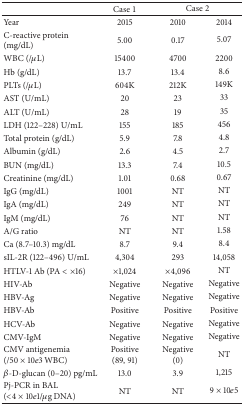
|  | Case 1 | <COLSPAN=2> Case 2 |
 | --- | --- | --- | --- |
 | Year | 2015 | 2010 | 2014 |
 | C-reactive protein (mg/dL) | 5.00 | 0.17 | 5.07 |
 | WBC (/μL) | 15400 | 4700 | 2200 |
 | Hb (g/dL) | 13.7 | 13.4 | 8.6 |
 | PLTs (/μL) | 604K | 212K | 149K |
 | AST (U/mL) | 20 | 23 | 33 |
 | ALT (U/mL) | 28 | 19 | 35 |
 | LDH (122–228) U/mL | 155 | 185 | 456 |
 | Total protein (g/dL) | 5.9 | 7.8 | 4.8 |
 | Albumin (g/dL) | 2.6 | 4.5 | 2.7 |
 | BUN (mg/dL) | 13.3 | 7.4 | 10.5 |
 | Creatinine (mg/dL) | 1.01 | 0.68 | 0.67 |
 | IgG (mg/dL) | 1001 | NT | NT |
 | IgA (mg/dL) | 249 | NT | NT |
 | IgM (mg/dL) | 76 | NT | NT |
 | A/G ratio | NT | NT | 1.58 |
 | Ca (8.7–10.3) mg/dL | 8.7 | 9.4 | 8.4 |
 | sIL-2R (122–496) U/mL | 4,304 | 293 | 14,058 |
 | HTLV-1 Ab (PA < ×16) | ×1,024 | ×4,096 | NT |
 | HIV-Ab | Negative | Negative | Negative |
 | HBV-Ag | Negative | Negative | Negative |
 | HBV-Ab | Positive | Positive | Positive |
 | HCV-Ab | Negative | Negative | Negative |
 | CMV-IgM | Negative | Negative | Negative |
 | CMV antigenemia(/50 × 10e3 WBC) | Positive (89, 91) | Negative(0) | NT |
 | β-D-glucan (0–20) pg/mL | 13.0 | 3.9 | 1,215 |
 | Pj-PCR in BAL(<4 × 10e1/μg DNA) | NT | NT | 9 × 10e5 |